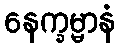
နေက္ခမ္မာနံ